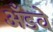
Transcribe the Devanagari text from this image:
अँडवे